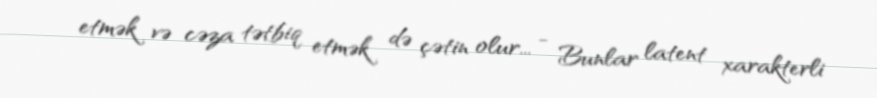
etmək və cəza tətbiq etmək də çətin olur... - Bunlar latent xarakterli